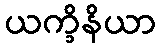
ယက္ခိနိယာ